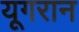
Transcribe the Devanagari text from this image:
यूगरान